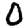
Digit: 0